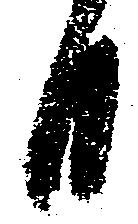
日